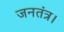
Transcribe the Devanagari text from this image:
जनतंत्र।